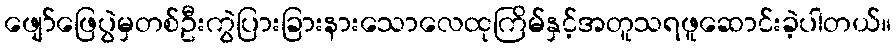
ဖျော်ဖြေပွဲမှတစ်ဦးကွဲပြားခြားနားသောလေထုကြိမ်နှင့်အတူသရဖူဆောင်းခဲ့ပါတယ်။